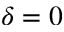
\delta = 0